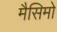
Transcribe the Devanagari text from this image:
मैसिमो